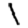
Digit: 1